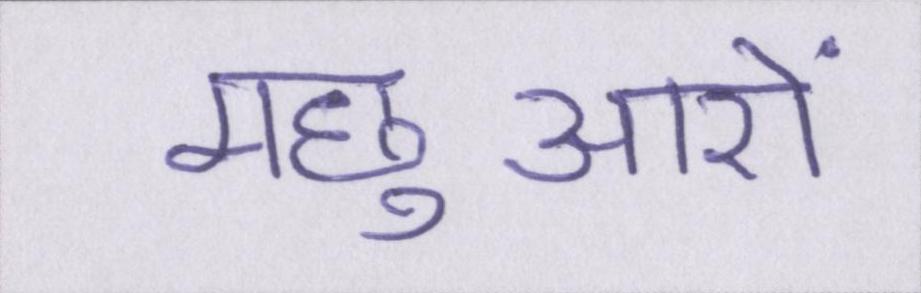
मछुआरों